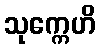
သုက္ကေဟိ